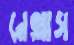
নেক্সাস